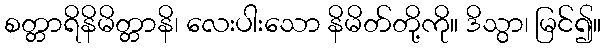
စတ္တာရိနိမိတ္တာနိ၊ လေးပါးသော နိမိတ်တို့ကို။ ဒိသွာ၊ မြင်၍။